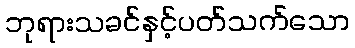
ဘုရားသခင်နှင့်ပတ်သက်သော